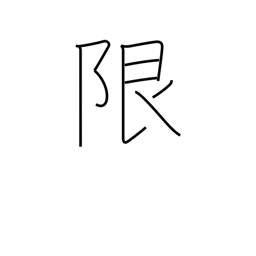
Meaning: limit